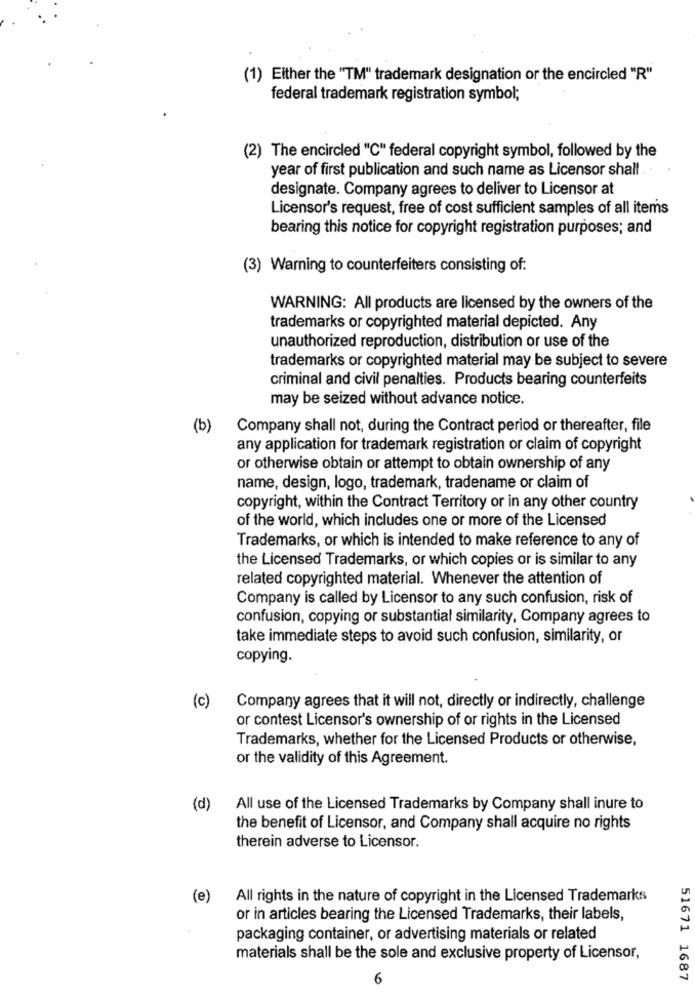
(1) Either the "TM" trademark designation or the encircled "R"
federal trademark registration symbol;
(2) The encircled "C" federal copyright symbol, followed by the
year of first publication and such name as Licensor shall.
designate. Company agrees to deliver to Licensor at
Licensor's request, free of cost sufficient samples of all items
bearing this notice for copyright registration purposes; and
(3) Warning to counterfeiters consisting of:
WARNING: All products are licensed by the owners of the
trademarks or copyrighted material depicted. Any
unauthorized reproduction, distribution or use of the
trademarks or copyrighted material may be subject to severe
criminal and civil penalties. Products bearing counterfeits
may be seized without advance notice.
(b)
Company shall not, during the Contract period or thereafter, file
any application for trademark registration or claim of copyright
or otherwise obtain or attempt to obtain ownership of any
name, design, logo, trademark, tradename or claim of
copyright, within the Contract Territory or in any other country
of the world, which includes one or more of the Licensed
Trademarks, or which is intended to make reference to any of
the Licensed Trademarks, or which copies or is similar to any
related copyrighted material. Whenever the attention of
Company is called by Licensor to any such confusion, risk of
confusion, copying or substantial similarity, Company agrees to
take immediate steps to avoid such confusion, similarity, or
copying.
(c)
Company agrees that it will not, directly or indirectly, challenge
or contest Licensor's ownership of or rights in the Licensed
Trademarks, whether for the Licensed Products or otherwise,
or the validity of this Agreement.
(d)
All use of the Licensed Trademarks by Company shall inure to
the benefit of Licensor, and Company shall acquire no rights
therein adverse to Licensor.
(e)
All rights in the nature of copyright in the Licensed Trademarks
or in articles bearing the Licensed Trademarks, their labels,
packaging container, or advertising materials or related
materials shall be the sole and exclusive property of Licensor,
6
51671 1687